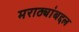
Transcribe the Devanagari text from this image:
मराठ्यांबद्दल